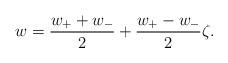
LaTeX: \begin{align*}w= \frac{w_++w_-}{2} + \frac{w_+-w_-}{2} \zeta.\end{align*}